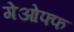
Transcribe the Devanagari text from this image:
गेओफ्फ